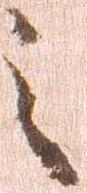
之